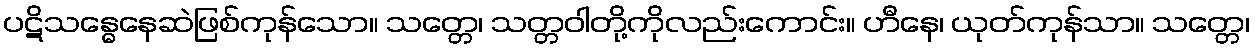
ပဋိသန္ဓေနေဆဲဖြစ်ကုန်သော။ သတ္တေ၊ သတ္တဝါတို့ကိုလည်းကောင်း။ ဟီနေ၊ ယုတ်ကုန်သာ။ သတ္တေ၊